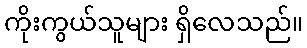
ကိုးကွယ်သူများ ရှိလေသည်။